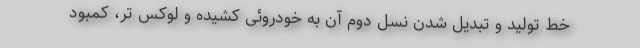
خط تولید و تبدیل شدن نسل دوم آن به خودروئی کشیده و لوکس تر، کمبود